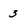
Character: 3